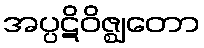
အပ္ပဋိဝိဇ္ဈတော